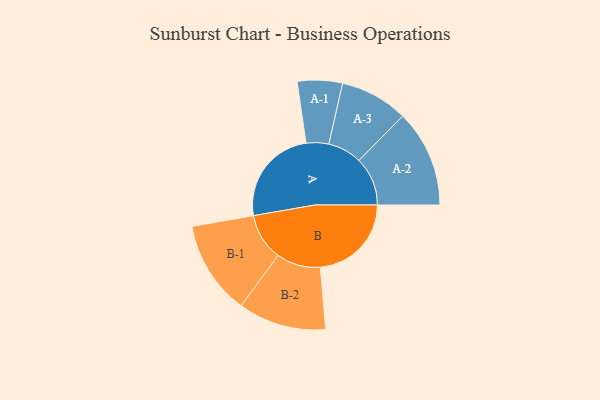
{"axis": {"x": "Segment", "y": "Value"}, "legend": ["", "A", "B"], "data": [{"x": "A", "y": 492, "type": ""}, {"x": "B", "y": 457, "type": ""}, {"x": "A-1", "y": 113, "type": "A"}, {"x": "A-2", "y": 244, "type": "A"}, {"x": "A-3", "y": 171, "type": "A"}, {"x": "B-1", "y": 236, "type": "B"}, {"x": "B-2", "y": 221, "type": "B"}]}